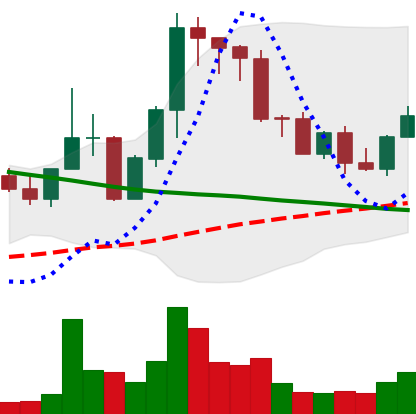
Ticker: EOS-USD
Chart end date: 2022-09-02
Forward return: 7.39%
Label: up_7plus